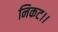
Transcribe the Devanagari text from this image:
निकट।।